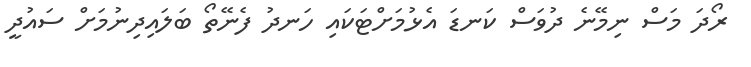
ރޯދަ މަސް ނިމޭނެ ދުވަސް ކަނޑަ އެޅުމަށްޓަކައި ހަނދު ފެނޭތޯ ބަލައިދިނުމަށް ސައުދީ